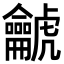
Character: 𪛌